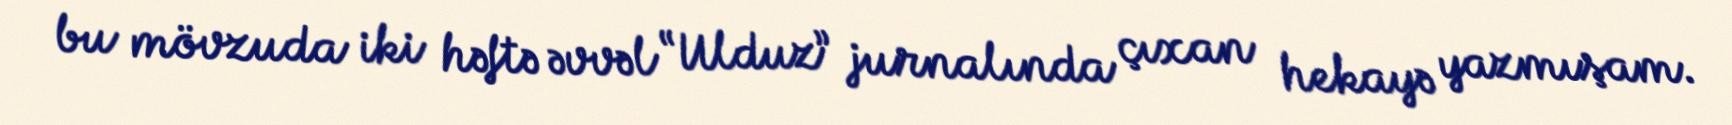
bu mövzuda iki həftə əvvəl “Ulduz” jurnalında çıxan hekayə yazmışam.